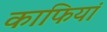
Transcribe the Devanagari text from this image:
काफियां